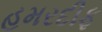
હમરદીફ